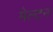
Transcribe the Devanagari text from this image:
मेल्टन